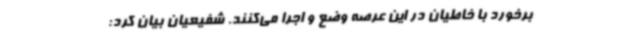
برخورد با خاطیان در این عرصه وضع و اجرا می‌کنند. شفیعیان بیان کرد: